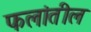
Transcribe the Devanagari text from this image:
फलांतील